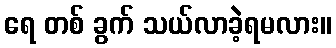
ရေ တစ် ခွက် သယ်လာခဲ့ရမလား။